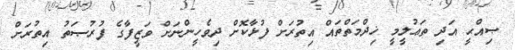
ޞިއްޙީ އަދި ތަޢުލީމީ ޚިދްމަތްތައް އިތުރަށް ފުޅާކޮށް ދިވެހީންނަށް ވަޒީފާގެ ފުރުޞަތު އިތުރަށް